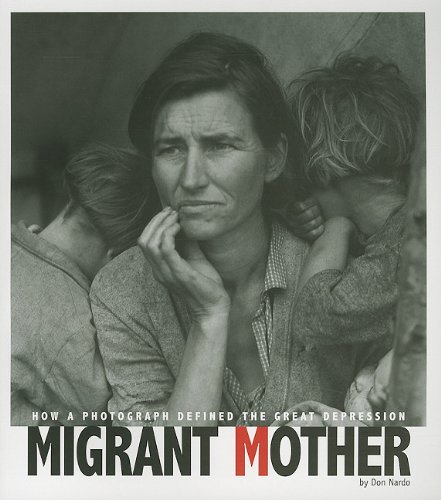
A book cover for Migrant Mother: How a Photograph Defined the Great Depression (Captured History); Don Nardo; Children's Books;